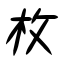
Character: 枚